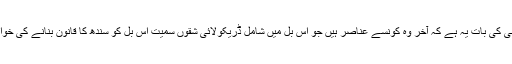
میرے لیے حیرانی کی بات یہ ہے کہ آخر وہ کونسے عناصر ہیں جو اس بل میں شامل ڈریکولائی شقوں سمیت اس بل کو سندھ کا قانون بنانے کی خواہش رکھتے ہیں ۔